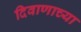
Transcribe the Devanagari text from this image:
दिवाणाच्या